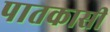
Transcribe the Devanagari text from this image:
पातकासी